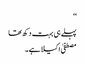
‘‘
پہلے ہی بہت دکھ تھا
مصطفیٰ اکیلا ہے۔